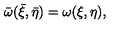
\bar { \omega } ( \bar { \xi } , \bar { \eta } ) = \omega ( \xi , \eta ) ,